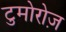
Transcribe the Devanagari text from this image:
टुमोरोज़